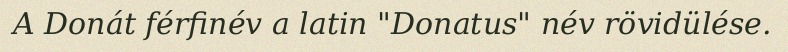
A Donát férfinév a latin "Donatus" név rövidülése.